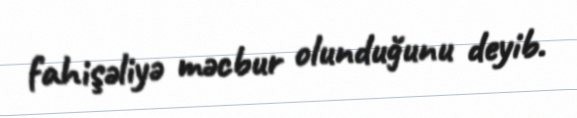
fahişəliyə məcbur olunduğunu deyib.